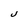
Character: J